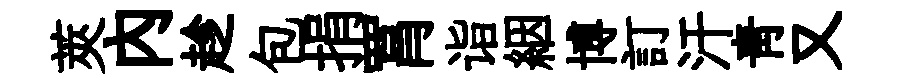
莢內趁包捐罥诣絪博訂汗青又